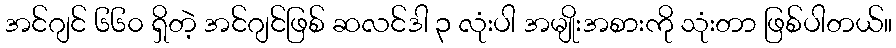
အင်ဂျင် ၆၆၀ ရှိတဲ့ အင်ဂျင်ဖြစ် ဆလင်ဒါ ၃ လုံးပါ အမျိုးအစားကို သုံးတာ ဖြစ်ပါတယ်။